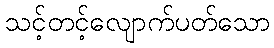
သင့်တင့်လျောက်ပတ်သော